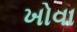
ખોવા